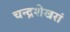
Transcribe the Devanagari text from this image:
चन्द्रशेखरां